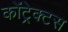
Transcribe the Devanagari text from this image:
कोंट्रेक्टस